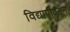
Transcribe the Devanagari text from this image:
विद्यापीठतून